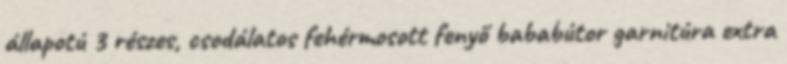
állapotú 3 részes, csodálatos fehérmosott fenyő bababútor garnitúra extra